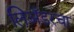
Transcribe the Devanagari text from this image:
लिअँडरचा